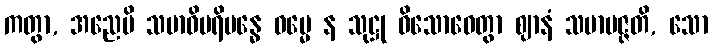
ကတွာ, အညေပိ သမာဓိပရိဗန္ဓေ ဓမ္မေ န သုဋ္ဌု ဝိသောဓေတွာ ဈာနံ သမာပဇ္ဇတိ, သော